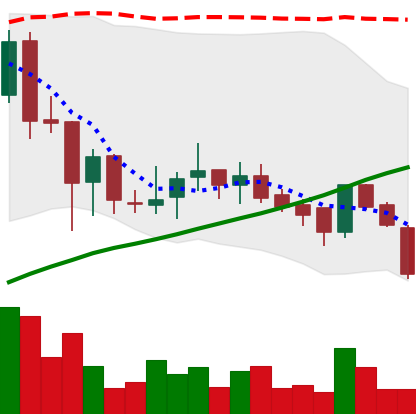
Ticker: BNB-USD
Chart end date: 2018-07-10
Forward return: -3.7%
Label: down_3_5